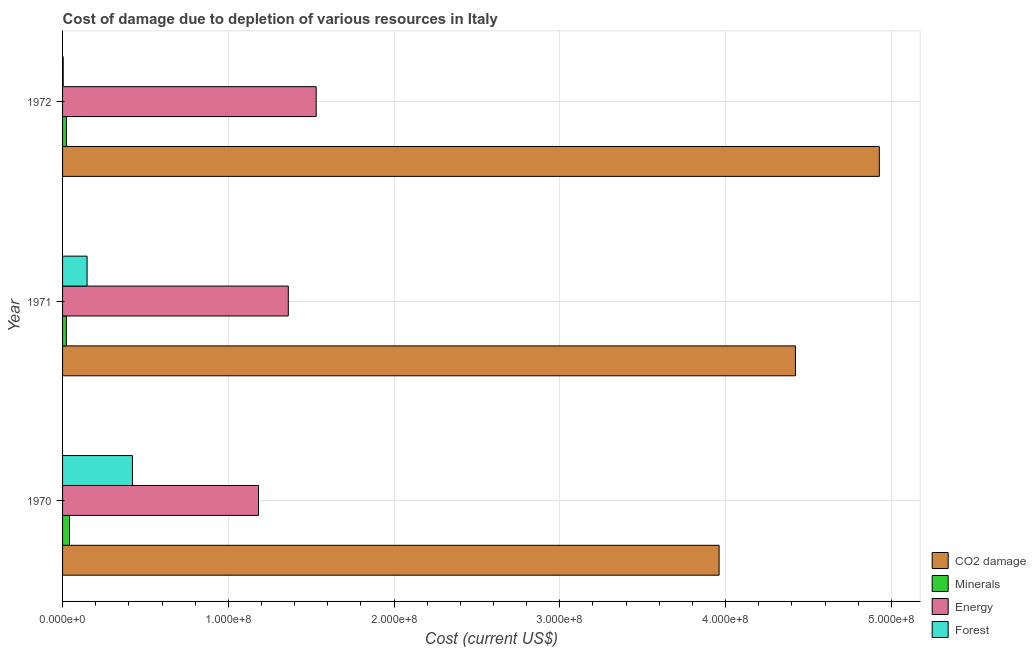
| Year | CO2 damage | Minerals | Energy | Forest |
 | --- | --- | --- | --- | --- |
 | 1970 | 3.96e+08 | 4.17e+06 | 1.18e+08 | 4.22e+07 |
 | 1971 | 4.42e+08 | 2.28e+06 | 1.36e+08 | 1.48e+07 |
 | 1972 | 4.93e+08 | 2.32e+06 | 1.53e+08 | 3.87e+05 |